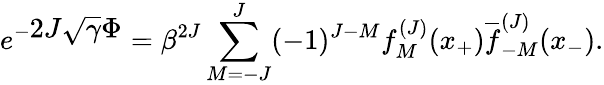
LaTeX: e^{-\displaystyle 2J\sqrt{\gamma}\Phi}=\beta^{2J}\sum_{M=-J}^{J}(-1)^{J-M}f_{M}^{(J)}(x_{+})\overline{{f}}_{-M}^{(J)}(x_{-}).